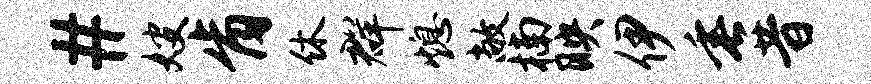
#嫂肯休群熄敞楠映伊垂昔